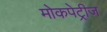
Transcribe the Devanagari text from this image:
मोकपेट्रीज